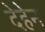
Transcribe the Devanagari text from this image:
देहेन